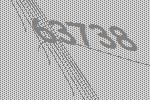
63738